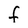
Character: f